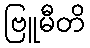
ဗြူမီတိ